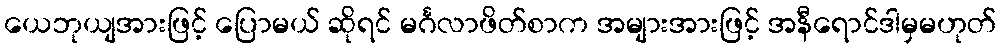
ယေဘုယျအားဖြင့် ပြောမယ် ဆိုရင် မင်္ဂလာဖိတ်စာက အများအားဖြင့် အနီရောင်ဒါမှမဟုတ်